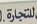
للتجارة